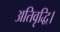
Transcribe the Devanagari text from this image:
अतिवृद्धि।